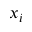
x _ { i }